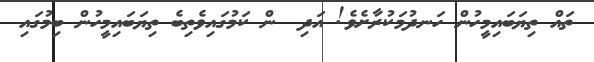
ތައް ތިޔަބައިމީހުން ހަނދުމަކުރާށެވެ! އަދި  ން ކަމުގައިވެތިބެ ތިޔަބައިމީހުން ބިމުގައި